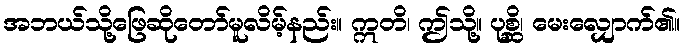
အဘယ်သို့ဖြေဆိုတော်မူလိမ့်နည်း။ ဣတိ၊ ဤသို့။ ပုစ္ဆိ၊ မေးလျှောက်၏။